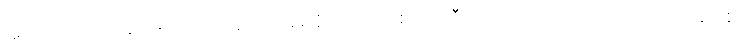
ဣတိ၊ ဤသို့။ ဣမေပိ၊ ဤထိန်ပင် အစရှိသော သစ်ပင်ကြီးတို့ သည်လည်း။ ကပ္ပဋ္ဌာယိနော ဧဝ